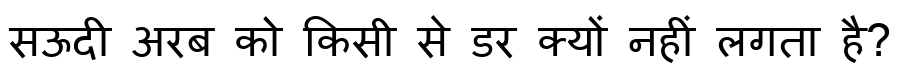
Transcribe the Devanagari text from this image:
सऊदी अरब को किसी से डर क्यों नहीं लगता है?